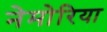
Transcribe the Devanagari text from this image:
नेमोरिया